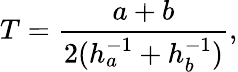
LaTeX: T={\frac{a+b}{2(h_{a}^{-1}+h_{b}^{-1})}},